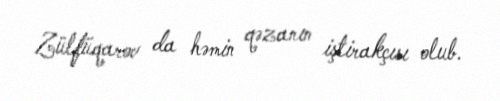
Zülfüqarov da həmin qəzanın iştirakçısı olub.